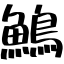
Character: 鷠